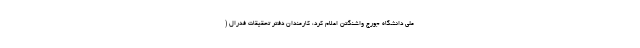
ملی دانشگاه جورج واشنگتن اعلام کرد، کارمندان دفتر تحقیقات فدرال (